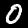
Label: 0